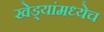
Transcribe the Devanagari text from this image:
खेड्यांमध्येच